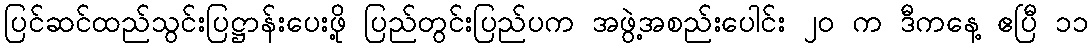
ပြင်ဆင်ထည်သွင်းပြဋ္ဌာန်းပေးဖို့ ပြည်တွင်းပြည်ပက အဖွဲ့အစည်းပေါင်း ၂၀ က ဒီကနေ့ ဧပြီ ၁၁